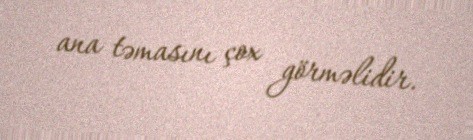
ana təmasını çox görməlidir.